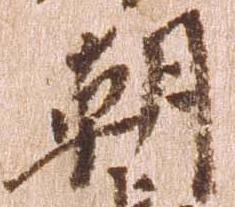
朝